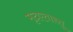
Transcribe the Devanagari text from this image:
मृदएतास्तु